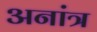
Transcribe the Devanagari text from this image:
अनांत्र